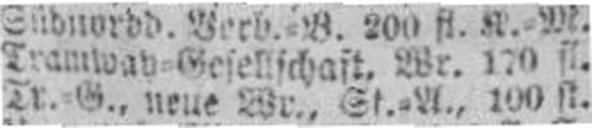
Tr.=G., neue Wr., St.=A., 100 fl.